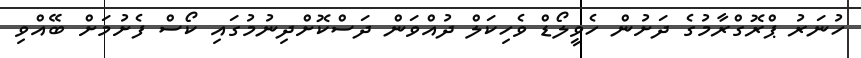
ހުނަރު ޕްރޮގްރާމުގެ ދަށުން ހެވީލޯޑް ވެހިކަލް ދުއްވަން ދަސްކޮށްދިނުމުގައި ކޯސް ފެށުމަށް ބޭއްވި